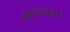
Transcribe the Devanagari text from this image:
कोलकातार